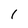
Character: 1